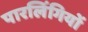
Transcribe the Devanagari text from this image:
पारलिंगियों